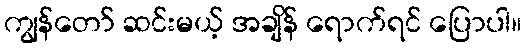
ကျွန်တော် ဆင်းမယ့် အချိန် ရောက်ရင် ပြောပါ။